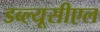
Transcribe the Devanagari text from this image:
डब्ल्यूसीएल